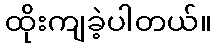
ထိုးကျခဲ့ပါတယ်။